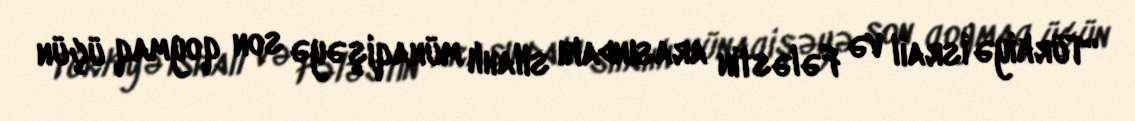
“Türkiyə İsrail və Fələstin arasındakı silahlı münaqişəyə son qoymaq üçün